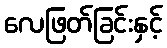
လေဖြတ်ခြင်းနှင့်